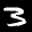
Label: 3